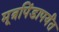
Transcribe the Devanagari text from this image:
मूत्रपिंडापर्यंत